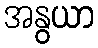
အနွယာ